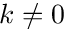
k \neq 0